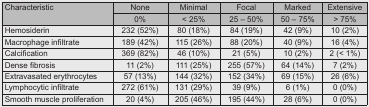
<table><thead><tr><td rowspan="2"><b>Characteristic</b></td><td><b>None</b></td><td><b>Minimal</b></td><td><b>Focal</b></td><td><b>Marked</b></td><td><b>Extensive</b></td></tr><tr><td><b>0%</b></td><td><b>&lt; 25%</b></td><td><b>25 – 50%</b></td><td><b>50 – 75%</b></td><td><b>&gt; 75%</b></td></tr></thead><tbody><tr><td>Hemosiderin</td><td>232 (52%)</td><td>80 (18%)</td><td>84 (19%)</td><td>42 (9%)</td><td>10 (2%)</td></tr><tr><td>Macrophage infiltrate</td><td>189 (42%)</td><td>115 (26%)</td><td>88 (20%)</td><td>40 (9%)</td><td>16 (4%)</td></tr><tr><td>Calcification</td><td>369 (82%)</td><td>46 (10%)</td><td>21 (5%)</td><td>10 (2%)</td><td>2 (&lt; 1%)</td></tr><tr><td>Dense fibrosis</td><td>11 (2%)</td><td>111 (25%)</td><td>255 (57%)</td><td>64 (14%)</td><td>7 (2%)</td></tr><tr><td>Extravasated erythrocytes</td><td>57 (13%)</td><td>144 (32%)</td><td>152 (34%)</td><td>69 (15%)</td><td>26 (6%)</td></tr><tr><td>Lymphocytic infiltrate</td><td>272 (61%)</td><td>131 (29%)</td><td>39 (9%)</td><td>6 (1%)</td><td>0 (0%)</td></tr><tr><td>Smooth muscle proliferation</td><td>20 (4%)</td><td>205 (46%)</td><td>195 (44%)</td><td>28 (6%)</td><td>0 (0%)</td></tr></tbody></table>